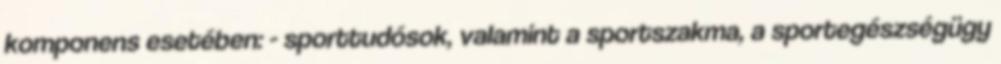
komponens esetében: - sporttudósok, valamint a sportszakma, a sportegészségügy